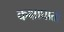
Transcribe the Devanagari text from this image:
कक्षाघाती